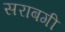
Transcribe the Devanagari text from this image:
सराबगी